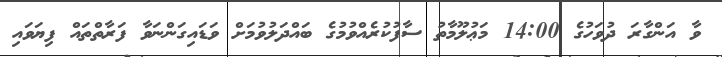
ވާ އަންގާރަ ދުވަހުގެ 14:00 މަޢުލޫމާތު ސާފުކުރެއްވުމުގެ ބައްދަލުވުމަށް ވަޑައިގަންނަވާ ފަރާތްތައް ފިޔަވައި